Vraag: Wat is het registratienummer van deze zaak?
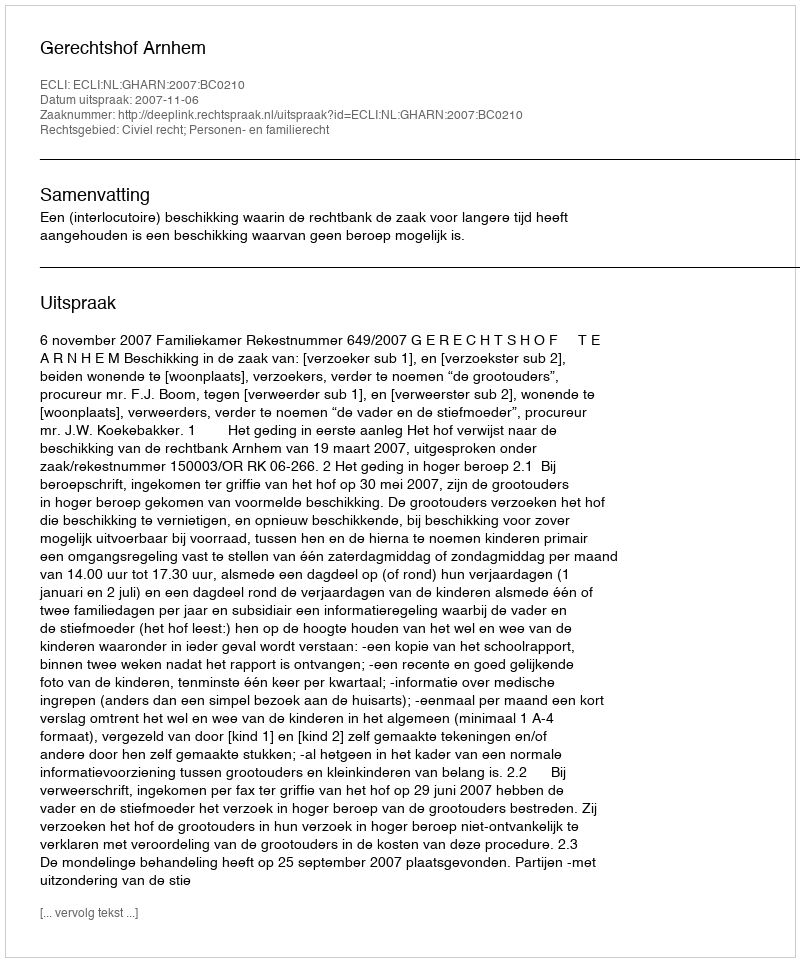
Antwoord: http://deeplink.rechtspraak.nl/uitspraak?id=ECLI:NL:GHARN:2007:BC0210